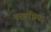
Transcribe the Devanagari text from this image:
परमप्रिया